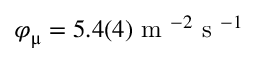
\varphi _ { \upmu } = 5 . 4 ( 4 ) \textrm { m } ^ { - 2 } \textrm { s } ^ { - 1 }